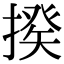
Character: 𢲕